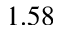
1 . 5 8